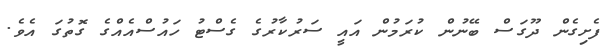
ފެށިގެން ދޫގަސް ބޭނުން ކުރަމުން އައީ ސަރުކާރުގެ ގެސްޓު ހައުސްއެއްގެ ގޮތުގަ އެވެ.